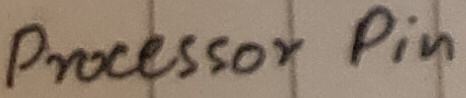
Text: Processor Pin